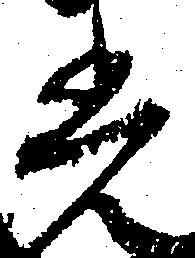
光